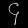
Digit: ၄